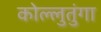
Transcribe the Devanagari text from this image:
कोल्लुतुंगा